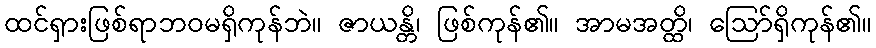
ထင်ရှားဖြစ်ရာဘဝမရှိကုန်ဘဲ။ ဇာယန္တိ၊ ဖြစ်ကုန်၏။ အာမအတ္ထိ၊ ဩော်ရှိကုန်၏။